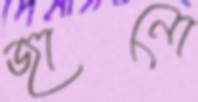
জানো